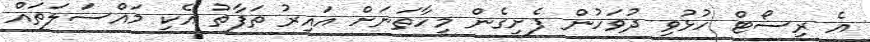
އެ ރިސޯޓް ހުޅުވި ދުވަހުން ފެށިގެން މިހާތަނަށް އައިރު ތަފާތު އެކި މައްސަލަތައް